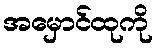
အမှောင်ထုကို